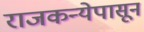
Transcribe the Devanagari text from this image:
राजकन्येपासून